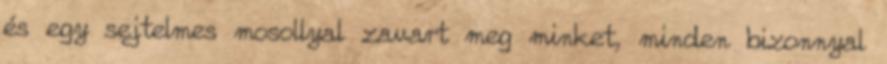
és egy sejtelmes mosollyal zavart meg minket, minden bizonnyal